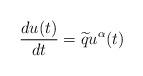
LaTeX: \begin{align*}\frac{du(t)}{dt} = \widetilde{q} u^\alpha(t)\end{align*}